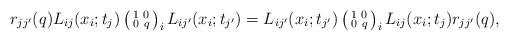
LaTeX: \begin{align*}r_{jj^{\prime }}(q)L_{ij}(x_{i};t_{j})\left( \begin{smallmatrix}1 & 0 \\ 0 & q\end{smallmatrix}\right) _{i}L_{ij^{\prime }}(x_{i};t_{j^{\prime }})=L_{ij^{\prime}}(x_{i};t_{j^{\prime }})\left( \begin{smallmatrix}1 & 0 \\ 0 & q\end{smallmatrix}\right) _{i}L_{ij}(x_{i};t_{j})r_{jj^{\prime }}(q), \end{align*}